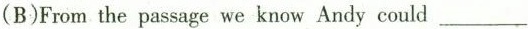
(B)From the passage we know Andy could